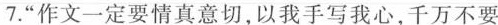
7.”作文一定要情真意切，以我手写我心，千万不要